Standardisation of Calmette's anti-venomous serum with pure cobra venom - Number 1
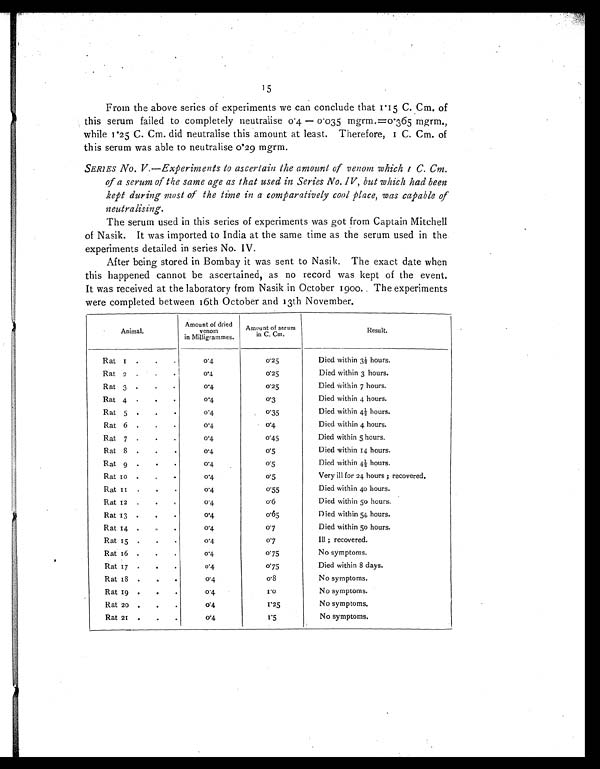
15
From the above series of experiments we can conclude that 1'15 C. Cm. of
this serum failed to completely neutralise 0'4 0'035 mgrm.=0'365 mgrm.,
while 1'25 C. Cm. did neutralise this amount at least. Therefore, 1 C. Cm. of
this serum was able to neutralise 0'29 mgrm.
SERIES No. V.—Experiments to ascertain the amount of venom which 1 C. Cm.
of a serum of the same age as that used in Series No. IV, but which had been
kept during most of the time in a comparatively cool place, was capable of
.
The serum used in this series of experiments was got from Captain Mitchell
of Nasik. It was imported to India at the same time as the serum used in the
experiments detailed in series No. IV.
After being stored in Bombay it was sent to Nasik. The exact date when
this happened cannot be ascertained, as no record was kept of the event.
It was received at the laboratory from Nasik in October 1900. The experiments
were completed between 16th October and 13th November.
A n i m a l .
Amount of dried
venom
in Milligrammes.
Amount of serum
in C. Cm.
R e s u l t .
Rat 1 . . .
0 ' 4
0'25
Died within 3½ hours.
Rat 2 . . .
0'4
0 ' 2 5 Died within 3 hours.
Rat 3 . . .
0'4
0'25
Died within 7 hours.
Rat 4 . . .
0.4
0.3
Died within 4 hours.
Rat 5 . . .
0'4
0.35
Died within 4½ hours.
Rat 6 . . .
0'4
0'4
Died within 4 hours.
Rat 7 . . .
0'4
0'45
Died within 5 hours.
Rat 8 . . .
0'4
0'5
Died within 14 hours.
Rat 9 . . .
0'4
0 ' 5 Died within 4½ hours.
Rat 10 . . .
0'4
0 ' 5 Very ill for 24 hours ; recovered.
Rat 11 . . .
0'4
0'55
Died within 40 hours.
Rat 12 . . .
0'4
0 ' 6 Died within 50 hours.
Rat 13 . . .
0'4
0'65
Died within 54 hours.
Rat 14 . . .
0'4
0'7
Died within 50 hours.
Rat 15 . . .
0'4
0'7
Ill ; recovered.
Rat 16 . . .
0'4
0'75
No symptoms.
Rat 17 . . .
0'4
0 ' 7 5 Died within 8 days.
Rat 18 . . .
0'4
0 ' 8 No symptoms.
Rat 19 . . .
0'4
1'0
No symptoms.
Rat 20 . . .
0'4
1'25
No symptoms.
Rat 21 . . .
0'4
1 ' 5
No symptoms.